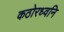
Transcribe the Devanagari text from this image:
कठोरध्वनि